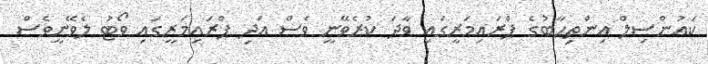
ކައުންސިލް އިންތިހާބުގެ ޕްރައިމަރީގައި ވާދަ ކުރެވޭނީ ވެސް އަދި ޕްރައިމަރީގައި ވޯޓު ލެވޭނީވެސް